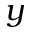
y